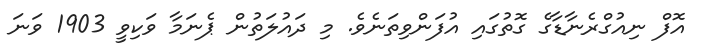
އޮފް ނިއުގްރެނާޑާގެ ގޮތުގައި އުފަންވިތަނެވެ. މި ދައުލަތުން ޕެނަމާ ވަކިވީ 1903 ވަނަ